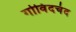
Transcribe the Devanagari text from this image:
गोविंदचंद